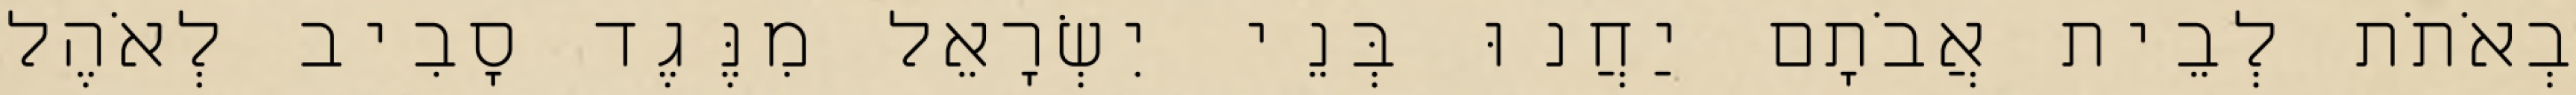
בְאֹתֹת לְבֵית אֲבֹתָם יַחֲנוּ בְּנֵי יִשְׂרָאֵל מִנֶּגֶד סָבִיב לְאֹהֶל